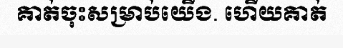
គាត់ចុះសម្រាប់យើង. ហើយគាត់